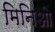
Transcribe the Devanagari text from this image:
मिनिओ